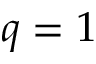
q = 1